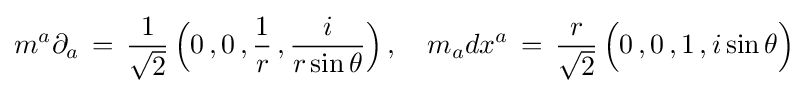
m^{a}\partial _{a}\,=\,{\frac {1}{\sqrt {2}}}\,{\Big (}0\,,0\,,{\frac {1}{r}}\,,{\frac {i}{r\sin \theta }}{\Big )}\,,\quad m_{a}dx^{a}\,=\,{\frac {r}{\sqrt {2}}}\,{\Big (}0\,,0\,,1\,,i\sin \theta {\Big )}